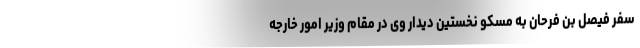
سفر فیصل بن فرحان به مسکو نخستین دیدار وی در مقام وزیر امور خارجه